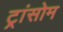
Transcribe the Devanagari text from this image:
ट्रांसोम